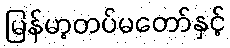
မြန်မာ့တပ်မတော်နှင့်